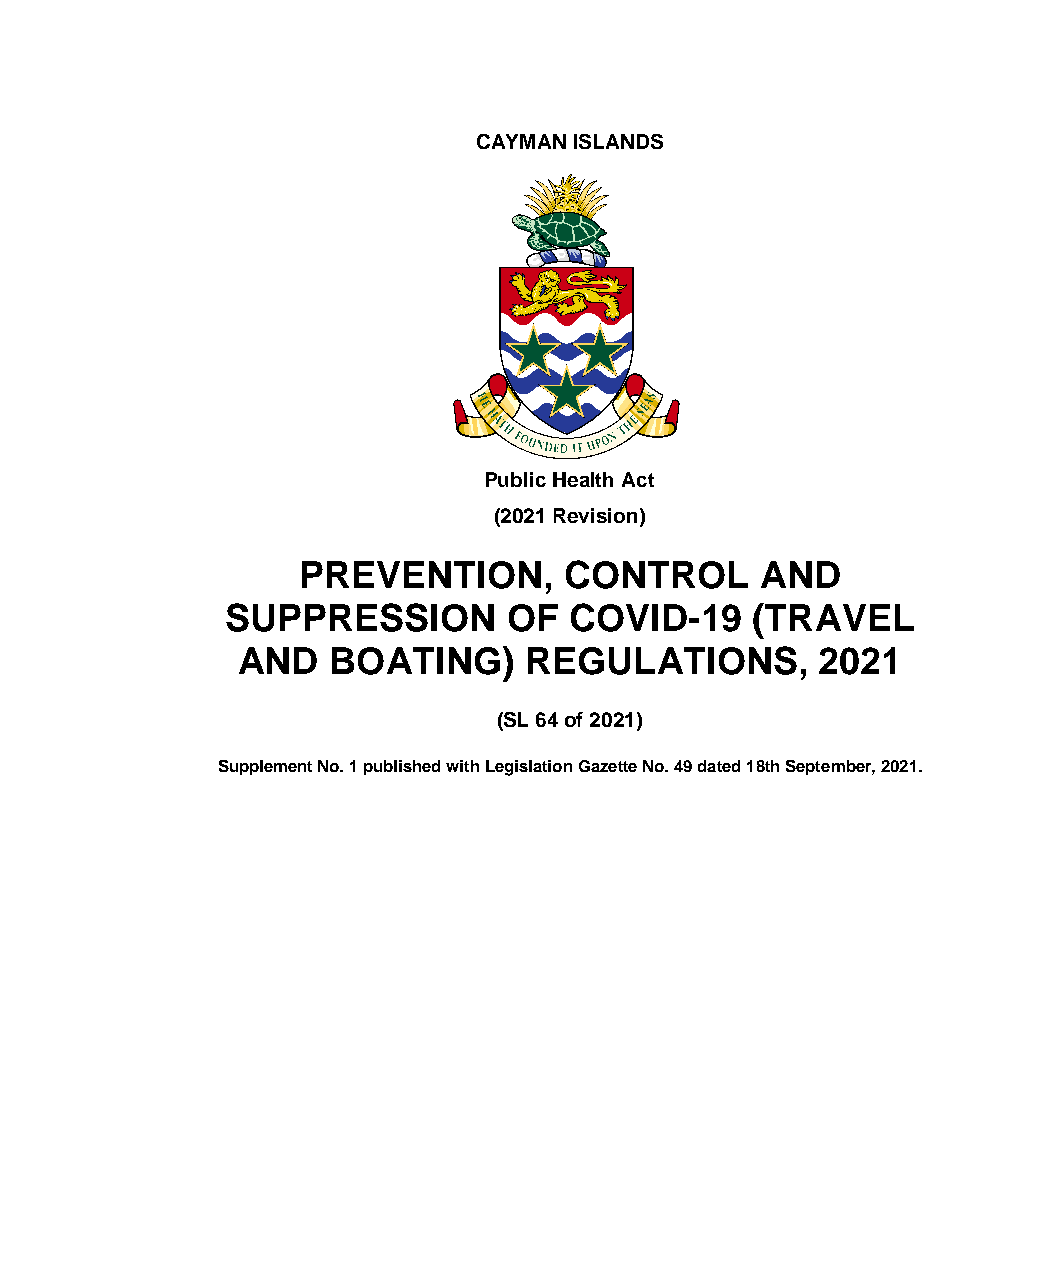
CAYMAN ISLANDS
 Public Health Act
 (2021 Revision)
 PREVENTION,      CONTROL      AND
 SUPPRESSION        OF  COVID-19    (TRAVEL
 AND   BOATING)     REGULATIONS,       2021
 (SL 64 of 2021)
 Supplement No. 1 published with Legislation Gazette No. 49 dated 18th September, 2021.